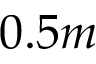
0 . 5 m